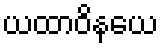
ယထာဝိနယေ